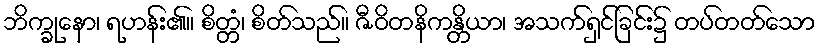
ဘိက္ခုနော၊ ရဟန်း၏။ စိတ္တံ၊ စိတ်သည်။ ဇီဝိတနိကန္တိယာ၊ အသက်ရှင်ခြင်း၌ တပ်တတ်သော